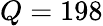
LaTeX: Q=198